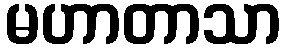
မဟာတာသာ